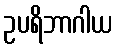
ဥပရိဘာဂါယ